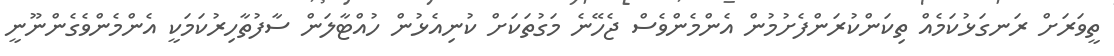
ތީވަރަށް ރަނގަޅުކަމެއް ތިކަންކުރަންފެށުމުން އެންމެންވެސް ޖެހޭނެ މަގުތަކަށް ކުނިއެޅުން ހުއްޓާލަން ސާފުތާހިރުކަމަކީ އެންމެންވެގެންނޫނީ